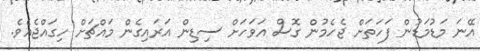
އޭނަ މަޑުމަޑުން ފަހަތަށް ޖެހެމުން ގޮސް އަވަހަށް ސިޑިން އަރައިގެން މައްޗަށް ހިގައްޖެއެވެ.